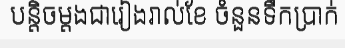
បន្តិចម្តងជារៀងរាល់ខែ ចំនួនទឹកប្រាក់